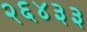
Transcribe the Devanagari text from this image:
२६४३३